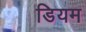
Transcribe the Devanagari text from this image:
डियम